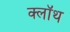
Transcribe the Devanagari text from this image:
क्‍लॉथ